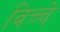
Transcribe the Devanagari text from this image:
विच्चे